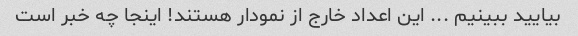
بیایید ببینیم ... این اعداد خارج از نمودار هستند! اینجا چه خبر است